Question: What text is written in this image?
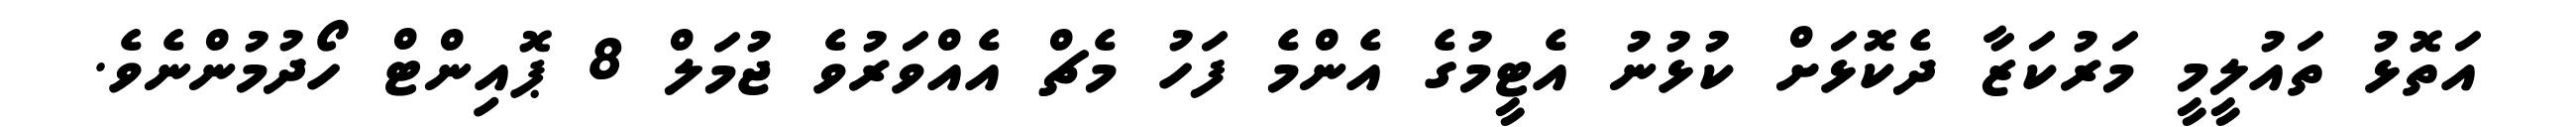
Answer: އަތޮޅު ތައުލީމީ މަރުކަޒާ ދެކޮޅަށް ކުޅުނު އެޓީމުގެ އެންމެ ފަހު މެޗް އެއްވަރުވެ ޖުމަލް 8 ޕޮއިންޓް ހޯދުމުންނެވެ.